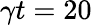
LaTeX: \gamma t=20